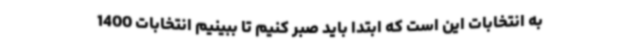
به انتخابات این است که ابتدا باید صبر کنیم تا ببینیم انتخابات 1400